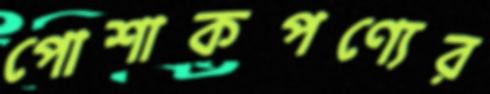
পোশাকপণ্যের